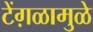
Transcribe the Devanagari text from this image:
टेंग़ळामुळे